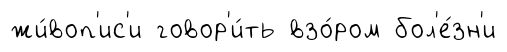
жи́воп'ис'и говор'и́ть взо́ром бол'е́зн'и